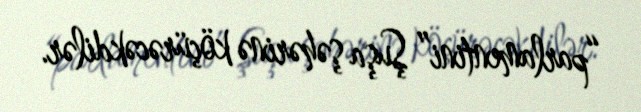
“parlamentini” Şuşa şəhərinə köçürəcəkdilər.